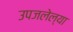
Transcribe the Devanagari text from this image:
उपजलेल्या